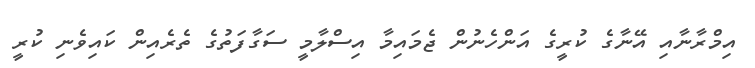
އިމްރާނާއި އޭނާގެ ކުރީގެ އަންހެނުން ޖެމައިމާ އިސްލާމީ ސަގާފަތުގެ ތެރެއިން ކައިވެނި ކުރީ